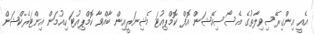
އެއީ އިންގިރޭސިވިލާތުގެ އެސޯސިއޭޝަން އޮފް ކޮމްޕިއުޓަ މެޝިނަރީއިން ބާއްވާ ކޮމްޕިއުޓަ ހިއުމަން އިންޓަރެކްޝަން